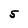
Character: S